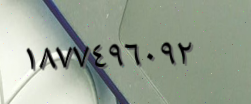
١٨٧٧٤٩٦٠٩٢